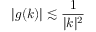
| g ( k ) | \lesssim \frac { 1 } { | k | ^ { 2 } }